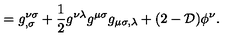
= g _ { , \sigma } ^ { \nu \sigma } + { \frac { 1 } { 2 } } g ^ { \nu \lambda } g ^ { \mu \sigma } g _ { \mu \sigma , \lambda } + ( 2 - { \cal D } ) \phi ^ { \nu } .